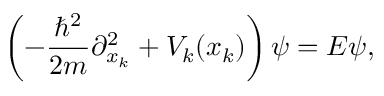
\left( - { \frac { \hbar ^ { 2 } } { 2 m } } \partial _ { x _ { k } } ^ { 2 } + V _ { k } ( x _ { k } ) \right) \psi = E \psi ,